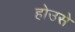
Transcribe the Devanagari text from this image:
होउसे